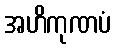
အဟိကုဏပံ